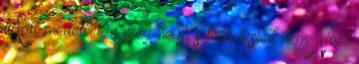
Matt mellett van még hely, s tévedésből nem Noel